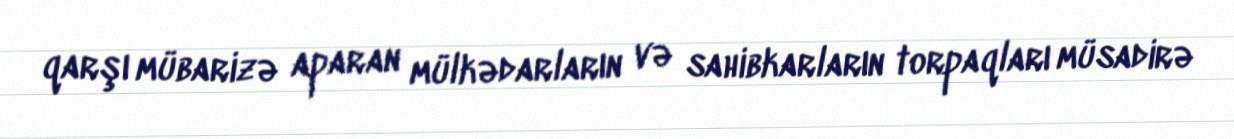
qarşı mübarizə aparan mülkədarların və sahibkarların torpaqları müsadirə